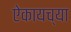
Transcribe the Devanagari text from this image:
ऐकायच्या